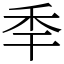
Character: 𥝝